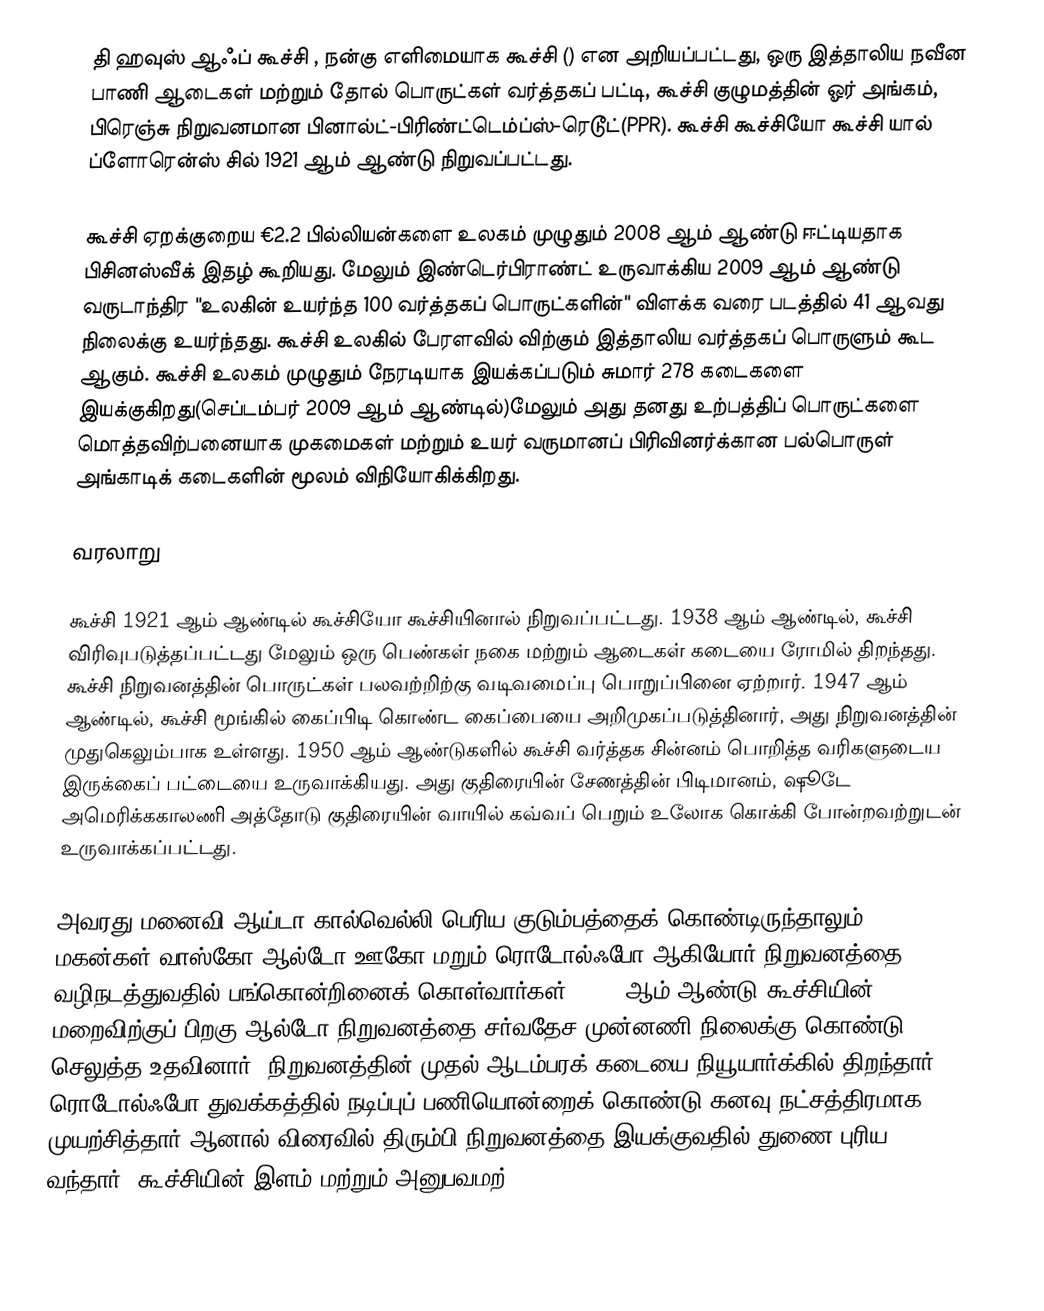
தி ஹவுஸ் ஆஃப் கூச்சி , நன்கு எளிமையாக கூச்சி () என அறியப்பட்டது, ஒரு இத்தாலிய நவீன பாணி ஆடைகள் மற்றும் தோல் பொருட்கள் வர்த்தகப் பட்டி, கூச்சி குழுமத்தின் ஓர் அங்கம், பிரெஞ்சு நிறுவனமான பினால்ட்-பிரிண்ட்டெம்ப்ஸ்-ரெடூட்(PPR). கூச்சி கூச்சியோ கூச்சி யால் ப்ளோரென்ஸ் சில் 1921 ஆம் ஆண்டு நிறுவப்பட்டது.

கூச்சி ஏறக்குறைய €2.2 பில்லியன்களை உலகம் முழுதும் 2008 ஆம் ஆண்டு ஈட்டியதாக பிசினஸ்வீக் இதழ் கூறியது. மேலும் இண்டெர்பிராண்ட் உருவாக்கிய 2009 ஆம் ஆண்டு வருடாந்திர "உலகின் உயர்ந்த 100 வர்த்தகப் பொருட்களின்" விளக்க வரை படத்தில் 41 ஆவது நிலைக்கு உயர்ந்தது. கூச்சி உலகில் பேரளவில் விற்கும் இத்தாலிய வர்த்தகப் பொருளும் கூட ஆகும். கூச்சி உலகம் முழுதும் நேரடியாக இயக்கப்படும் சுமார் 278 கடைகளை இயக்குகிறது(செப்டம்பர் 2009 ஆம் ஆண்டில்)மேலும் அது தனது உற்பத்திப் பொருட்களை மொத்தவிற்பனையாக முகமைகள் மற்றும் உயர் வருமானப் பிரிவினர்க்கான பல்பொருள் அங்காடிக் கடைகளின் மூலம் விநியோகிக்கிறது.

வரலாறு

கூச்சி 1921 ஆம் ஆண்டில் கூச்சியோ கூச்சியினால் நிறுவப்பட்டது. 1938 ஆம் ஆண்டில், கூச்சி விரிவுபடுத்தப்பட்டது மேலும் ஒரு பெண்கள் நகை மற்றும் ஆடைகள் கடையை ரோமில் திறந்தது. கூச்சி நிறுவனத்தின் பொருட்கள் பலவற்றிற்கு வடிவமைப்பு பொறுப்பினை ஏற்றார். 1947 ஆம் ஆண்டில், கூச்சி மூங்கில் கைப்பிடி கொண்ட கைப்பையை அறிமுகப்படுத்தினார், அது நிறுவனத்தின் முதுகெலும்பாக உள்ளது. 1950 ஆம் ஆண்டுகளில் கூச்சி வர்த்தக சின்னம் பொறித்த வரிகளுடைய இருக்கைப் பட்டையை உருவாக்கியது. அது குதிரையின் சேணத்தின் பிடிமானம், ஷூடே அமெரிக்ககாலணி அத்தோடு குதிரையின் வாயில் கவ்வப் பெறும் உலோக கொக்கி போன்றவற்றுடன் உருவாக்கப்பட்டது.

அவரது மனைவி ஆய்டா கால்வெல்லி பெரிய குடும்பத்தைக் கொண்டிருந்தாலும், மகன்கள்-வாஸ்கோ,ஆல்டோ,ஊகோ மறும் ரொடோல்ஃபோ ஆகியோர் நிறுவனத்தை வழிநடத்துவதில் பங்கொன்றினைக் கொள்வார்கள். 1953 ஆம் ஆண்டு கூச்சியின் மறைவிற்குப் பிறகு ஆல்டோ நிறுவனத்தை சர்வதேச முன்னணி நிலைக்கு கொண்டு செலுத்த உதவினார், நிறுவனத்தின் முதல் ஆடம்பரக் கடையை நியூயார்க்கில் திறந்தார். ரொடோல்ஃபோ துவக்கத்தில் நடிப்புப் பணியொன்றைக் கொண்டு கனவு நட்சத்திரமாக முயற்சித்தார் ஆனால் விரைவில் திரும்பி நிறுவனத்தை இயக்குவதில் துணை புரிய வந்தார். கூச்சியின் இளம் மற்றும் அனுபவமற்